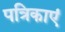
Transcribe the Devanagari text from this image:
पत्रिकाएं